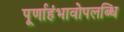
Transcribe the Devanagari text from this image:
पूर्णाहंभावोपलब्धि